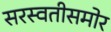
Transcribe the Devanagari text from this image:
सरस्वतीसमोर